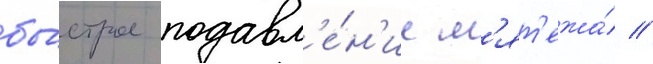
бы́строе подавл'е́н'ие м'ят'ежа́ //